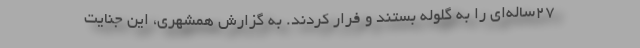
۲۷ساله‌ای را به گلوله بستند و فرار کردند. به ‌گزارش همشهری، این جنایت